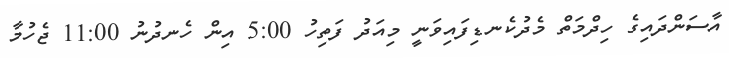
އާސަންދައިގެ ހިދްމަތް މެދުކެނޑިފައިވަނީ މިއަދު ފަތިހު 5:00 އިން ހެނދުނު 11:00 ޖެހުމާ